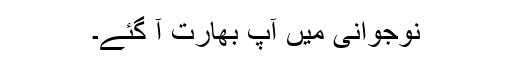
نوجوانی میں آپ بھارت آ گئے۔